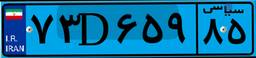
۷۳D۶۵۹۸۵